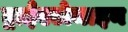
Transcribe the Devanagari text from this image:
ट्राईएटोमाइन